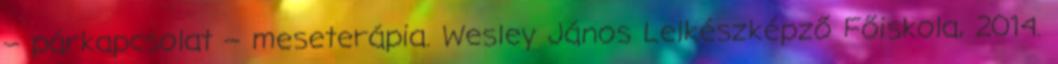
– párkapcsolat – meseterápia. Wesley János Lelkészképző Főiskola, 2014.